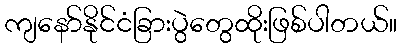
ကျနော်နိုင်ငံခြားပွဲတွေထိုးဖြစ်ပါတယ်။